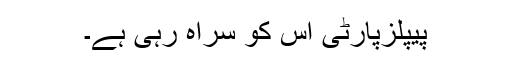
پیپلزپارٹی اس کو سراہ رہی ہے۔